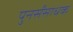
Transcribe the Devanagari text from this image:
पुनर्संसाधक